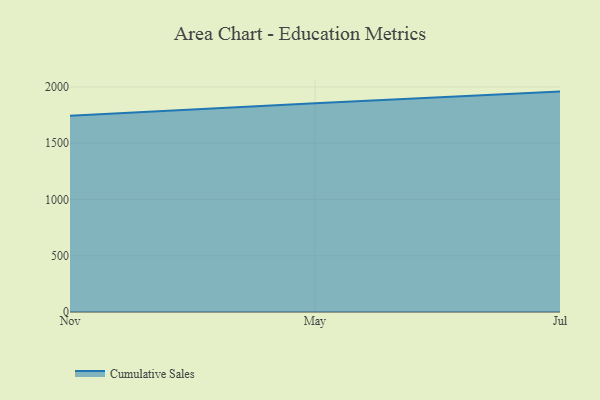
{"axis": {"x": "Month", "y": "Tickets Resolved"}, "legend": ["Cumulative Sales"], "data": [{"x": "Nov", "y": 1743.3, "type": "Cumulative Sales"}, {"x": "May", "y": 1855.0, "type": "Cumulative Sales"}, {"x": "Jul", "y": 1957.9, "type": "Cumulative Sales"}]}